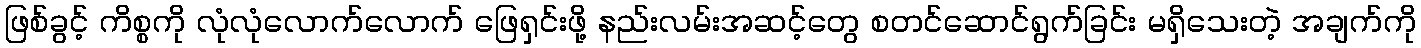
ဖြစ်ခွင့် ကိစ္စကို လုံလုံလောက်လောက် ဖြေရှင်းဖို့ နည်းလမ်းအဆင့်တွေ စတင်ဆောင်ရွက်ခြင်း မရှိသေးတဲ့ အချက်ကို